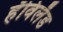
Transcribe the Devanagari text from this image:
हॅविलँड